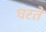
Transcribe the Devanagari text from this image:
घरतें